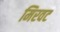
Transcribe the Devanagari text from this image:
मिरवट